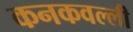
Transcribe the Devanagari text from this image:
कनकवल्ली